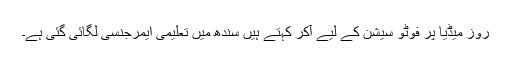
روز میڈیا پر فوٹو سیشن کے لیے آکر کہتے ہیں سندھ میں تعلیمی ایمرجنسی لگائی گئی ہے۔